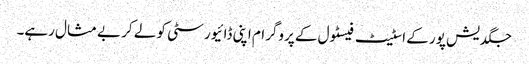
جگدیش پور کے اسٹیٹ فیسٹول کے پروگرام اپنی ڈائیورسٹی کو لے کر بے مثال رہے۔